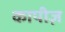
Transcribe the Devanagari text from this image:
कापीज़